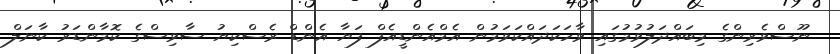
ނޫސްވެރިންގެ މިބައްދަލުވުމުގައި ވާހަކަދައްކަވަމުން އެމްއެންޑީއެފް ފަޔާ އެންޑް ރެސްކިޔު ސާވިސްގެ ކޮމާންޑަރު ކާނަލް